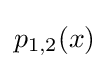
p_{1,2}(x)